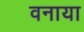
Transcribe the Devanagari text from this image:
वनाया